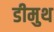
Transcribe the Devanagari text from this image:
डीमुथ